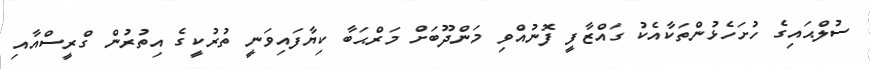
ސުލްޙައިގެ ހުށަހެޅުންތަކާއެކު ގައްޒާފީ ފޮނުއްވި މަންދޫބަށް މަރްޙަބާ ކިޔާފައިވަނީ ތުރުކީގެ އިތުރުން ގްރީސްއާއި